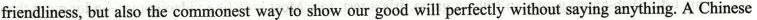
friendliness, but also the commonest way to show our good will perfectly without saying anything. A Chinese